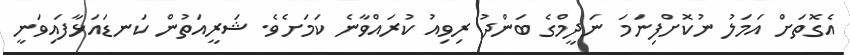
އެގޮތަށް އަމަލު ނުކޮށްފިނަމަ ނަދީމްގެ ބަންދު ރިވިއު ކުރައްވާނެ ކަމަށެވެ. ޝަރީއަތުން ކަނޑައަޅާފައިވަނީ